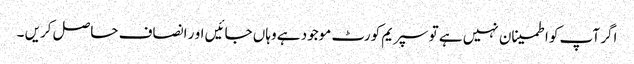
اگر آپ کو اطمینان نہیں ہے تو سپریم کورٹ موجود ہے وہاں جائیں او ر انصاف حاصل کریں ۔